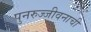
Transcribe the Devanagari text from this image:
पुनरुज्जीवनाची